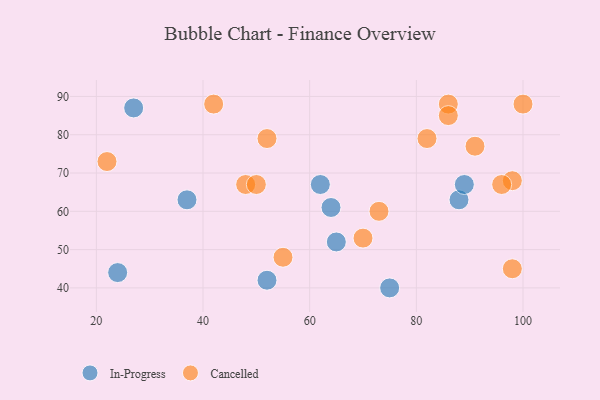
{"axis": {"x": "GDP", "y": "Life Expectancy"}, "legend": ["Cancelled", "In-Progress"], "data": [{"x": "37", "y": 63, "type": "In-Progress"}, {"x": "64", "y": 61, "type": "In-Progress"}, {"x": "75", "y": 40, "type": "In-Progress"}, {"x": "88", "y": 63, "type": "In-Progress"}, {"x": "62", "y": 67, "type": "In-Progress"}, {"x": "89", "y": 67, "type": "In-Progress"}, {"x": "27", "y": 87, "type": "In-Progress"}, {"x": "52", "y": 42, "type": "In-Progress"}, {"x": "65", "y": 52, "type": "In-Progress"}, {"x": "24", "y": 44, "type": "In-Progress"}, {"x": "48", "y": 67, "type": "Cancelled"}, {"x": "82", "y": 79, "type": "Cancelled"}, {"x": "22", "y": 73, "type": "Cancelled"}, {"x": "98", "y": 68, "type": "Cancelled"}, {"x": "86", "y": 88, "type": "Cancelled"}, {"x": "55", "y": 48, "type": "Cancelled"}, {"x": "52", "y": 79, "type": "Cancelled"}, {"x": "100", "y": 88, "type": "Cancelled"}, {"x": "96", "y": 67, "type": "Cancelled"}, {"x": "50", "y": 67, "type": "Cancelled"}, {"x": "98", "y": 45, "type": "Cancelled"}, {"x": "86", "y": 85, "type": "Cancelled"}, {"x": "91", "y": 77, "type": "Cancelled"}, {"x": "70", "y": 53, "type": "Cancelled"}, {"x": "42", "y": 88, "type": "Cancelled"}, {"x": "73", "y": 60, "type": "Cancelled"}]}